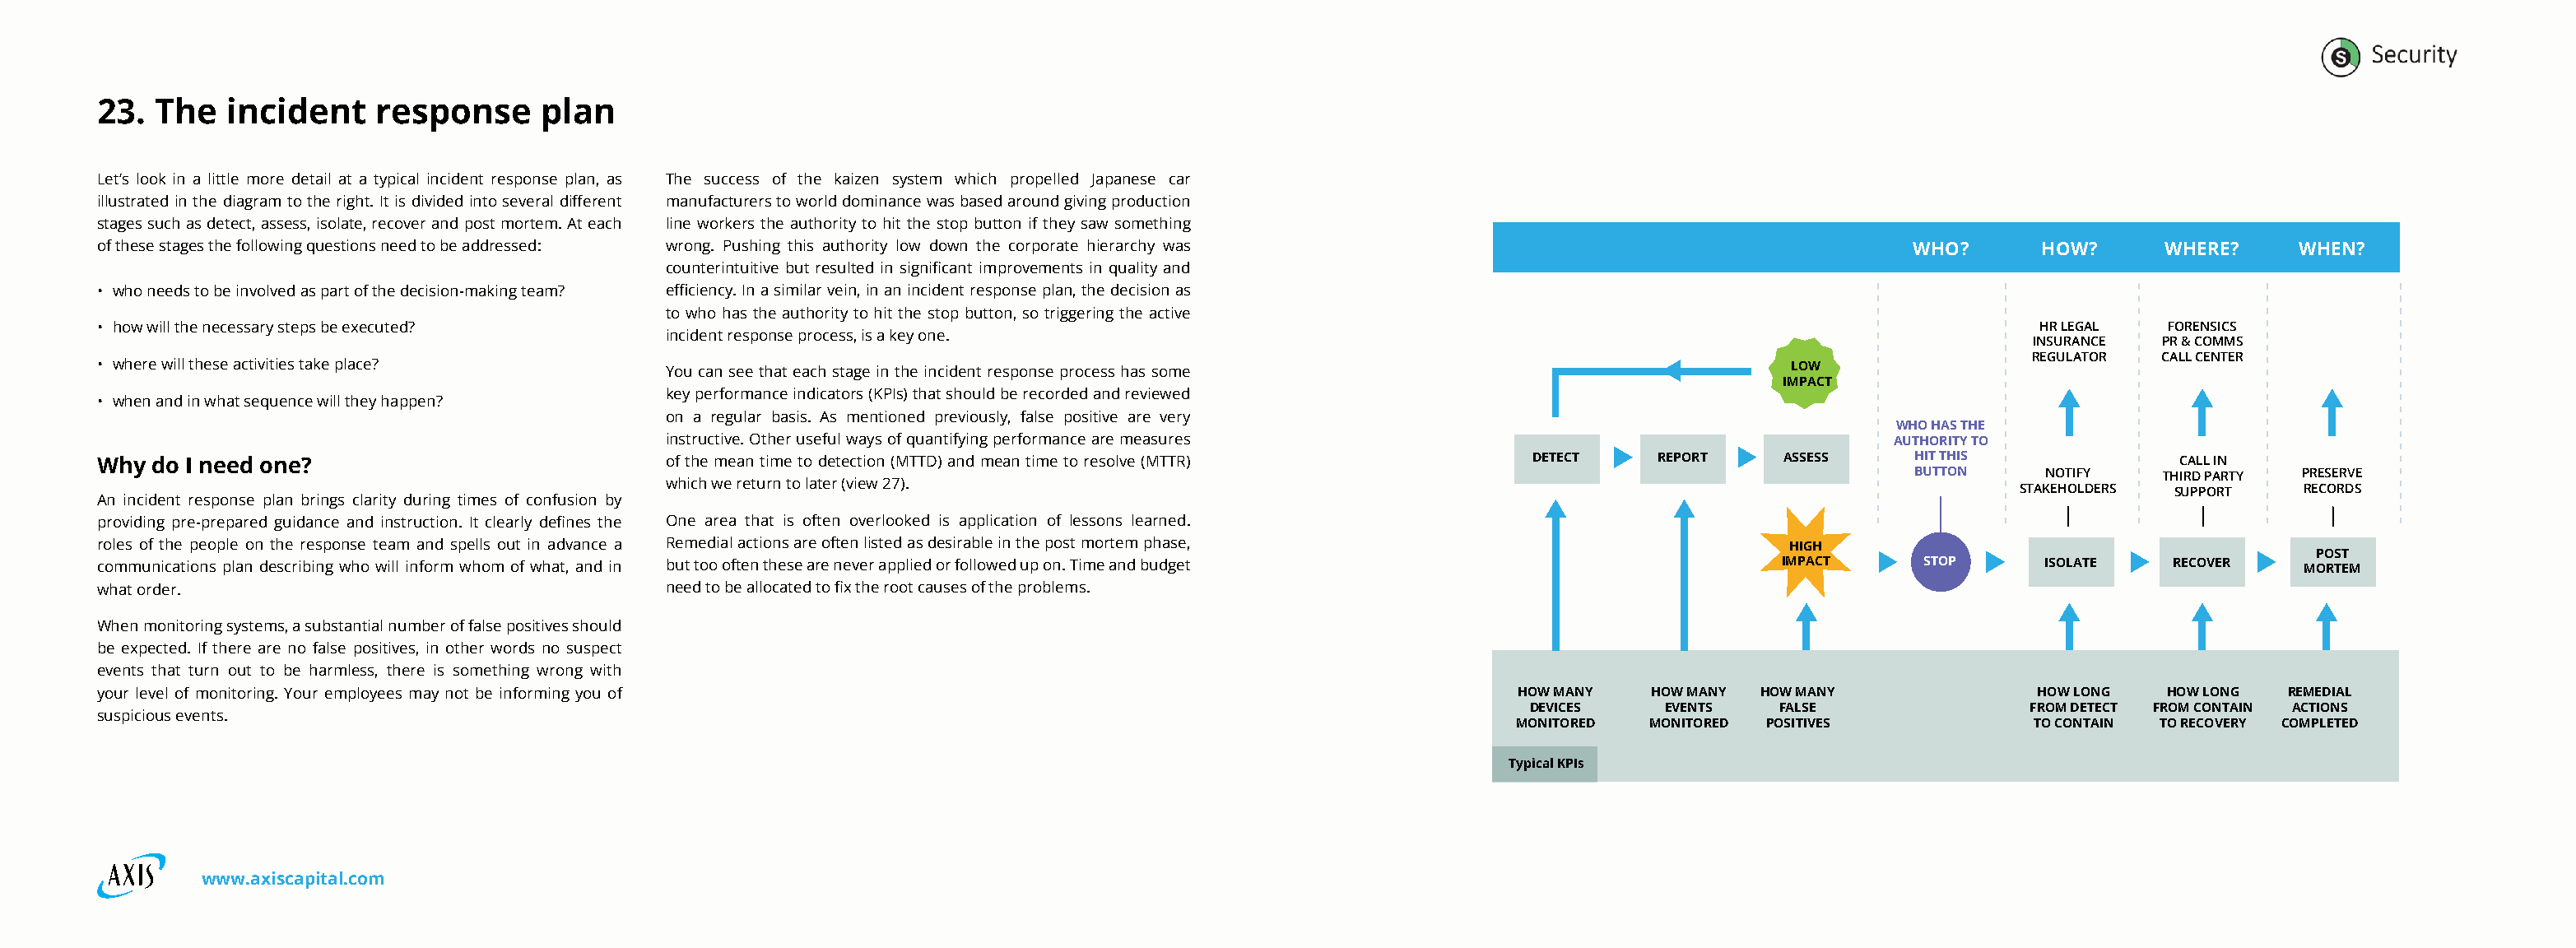
23. The   incident    response     plan
 Let’s look in a little more detail at a typical incident response plan, as The success of the kaizen system which propelled Japanese car
 illustrated in the diagram to the right. It is divided into several different manufacturers to world dominance was based around giving production
 stages such as detect, assess, isolate, recover and post mortem. At each line workers the authority to hit the stop button if they saw something
 of these stages the following questions need to be addressed: wrong. Pushing this authority low down the corporate hierarchy was                  WHO?      HOW?      WHERE?     WHEN?
 counterintuitive but resulted in significant improvements in quality and
 • who needs to be involved as part of the decision-making team? efficiency. In a similar vein, in an incident response plan, the decision as
 to who has the authority to hit the stop button, so triggering the active
 • how will the necessary steps be executed?                                                                                                                 HR LEGAL  FORENSICS
 incident response process, is a key one.
 INSURANCE PR & COMMS
 REGULATOR  CALL CENTER
 • where will these activities take place?     You can see that each stage in the incident response process has some                     LOW
 IMPACT
 key performance indicators (KPIs) that should be recorded and reviewed
 • when and in what sequence will they happen?
 on a regular basis. As mentioned previously, false positive are very
 WHO HAS THE
 instructive. Other useful ways of quantifying performance are measures                            AUTHORITY TO
 Why do I need one?                            of the mean time to detection (MTTD) and mean time to resolve (MTTR) DETECT    REPORT    ASSESS     HIT THIS             CALL IN
 BUTTON     NOTIFY   THIRD PARTY PRESERVE
 which we return to later (view 27).
 STAKEHOLDERS SUPPORT   RECORDS
 An incident response plan brings clarity during times of confusion by
 providing pre-prepared guidance and instruction. It clearly defines the One area that is often overlooked is application of lessons learned.
 roles of the people on the response team and spells out in advance a Remedial actions are often listed as desirable in the post mortem phase, HIGH
 POST
 communications plan describing who will inform whom of what, and in but too often these are never applied or followed up on. Time and budget IMPACT STOP    ISOLATE    RECOVER   MORTEM
 what order.                                   need to be allocated to fix the root causes of the problems.
 When monitoring systems, a substantial number of false positives should
 be expected. If there are no false positives, in other words no suspect
 events that turn out to be harmless, there is something wrong with
 your level of monitoring. Your employees may not be informing you of                                              HOW MANY   HOW MANY HOW MANY              HOW LONG  HOW LONG  REMEDIAL
 DEVICES    EVENTS   FALSE               FROM DETECT FROM CONTAIN ACTIONS
 suspicious events.
 MONITORED  MONITORED POSITIVES            TO CONTAIN TO RECOVERY COMPLETED
 Typical KPIs
 www.axiscapital.com